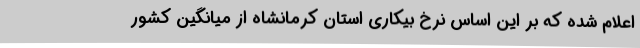
اعلام شده که بر این اساس نرخ بیکاری استان کرمانشاه از میانگین کشور